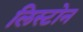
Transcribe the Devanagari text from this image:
लिस्टोन